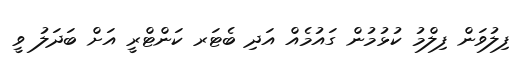
ފިލުވަން ފިލްމު ކުޅުމުން ގައުމެއް އަދި ބެޓަރ ކަންޓްރީ އަށް ބަދަލު ވީ